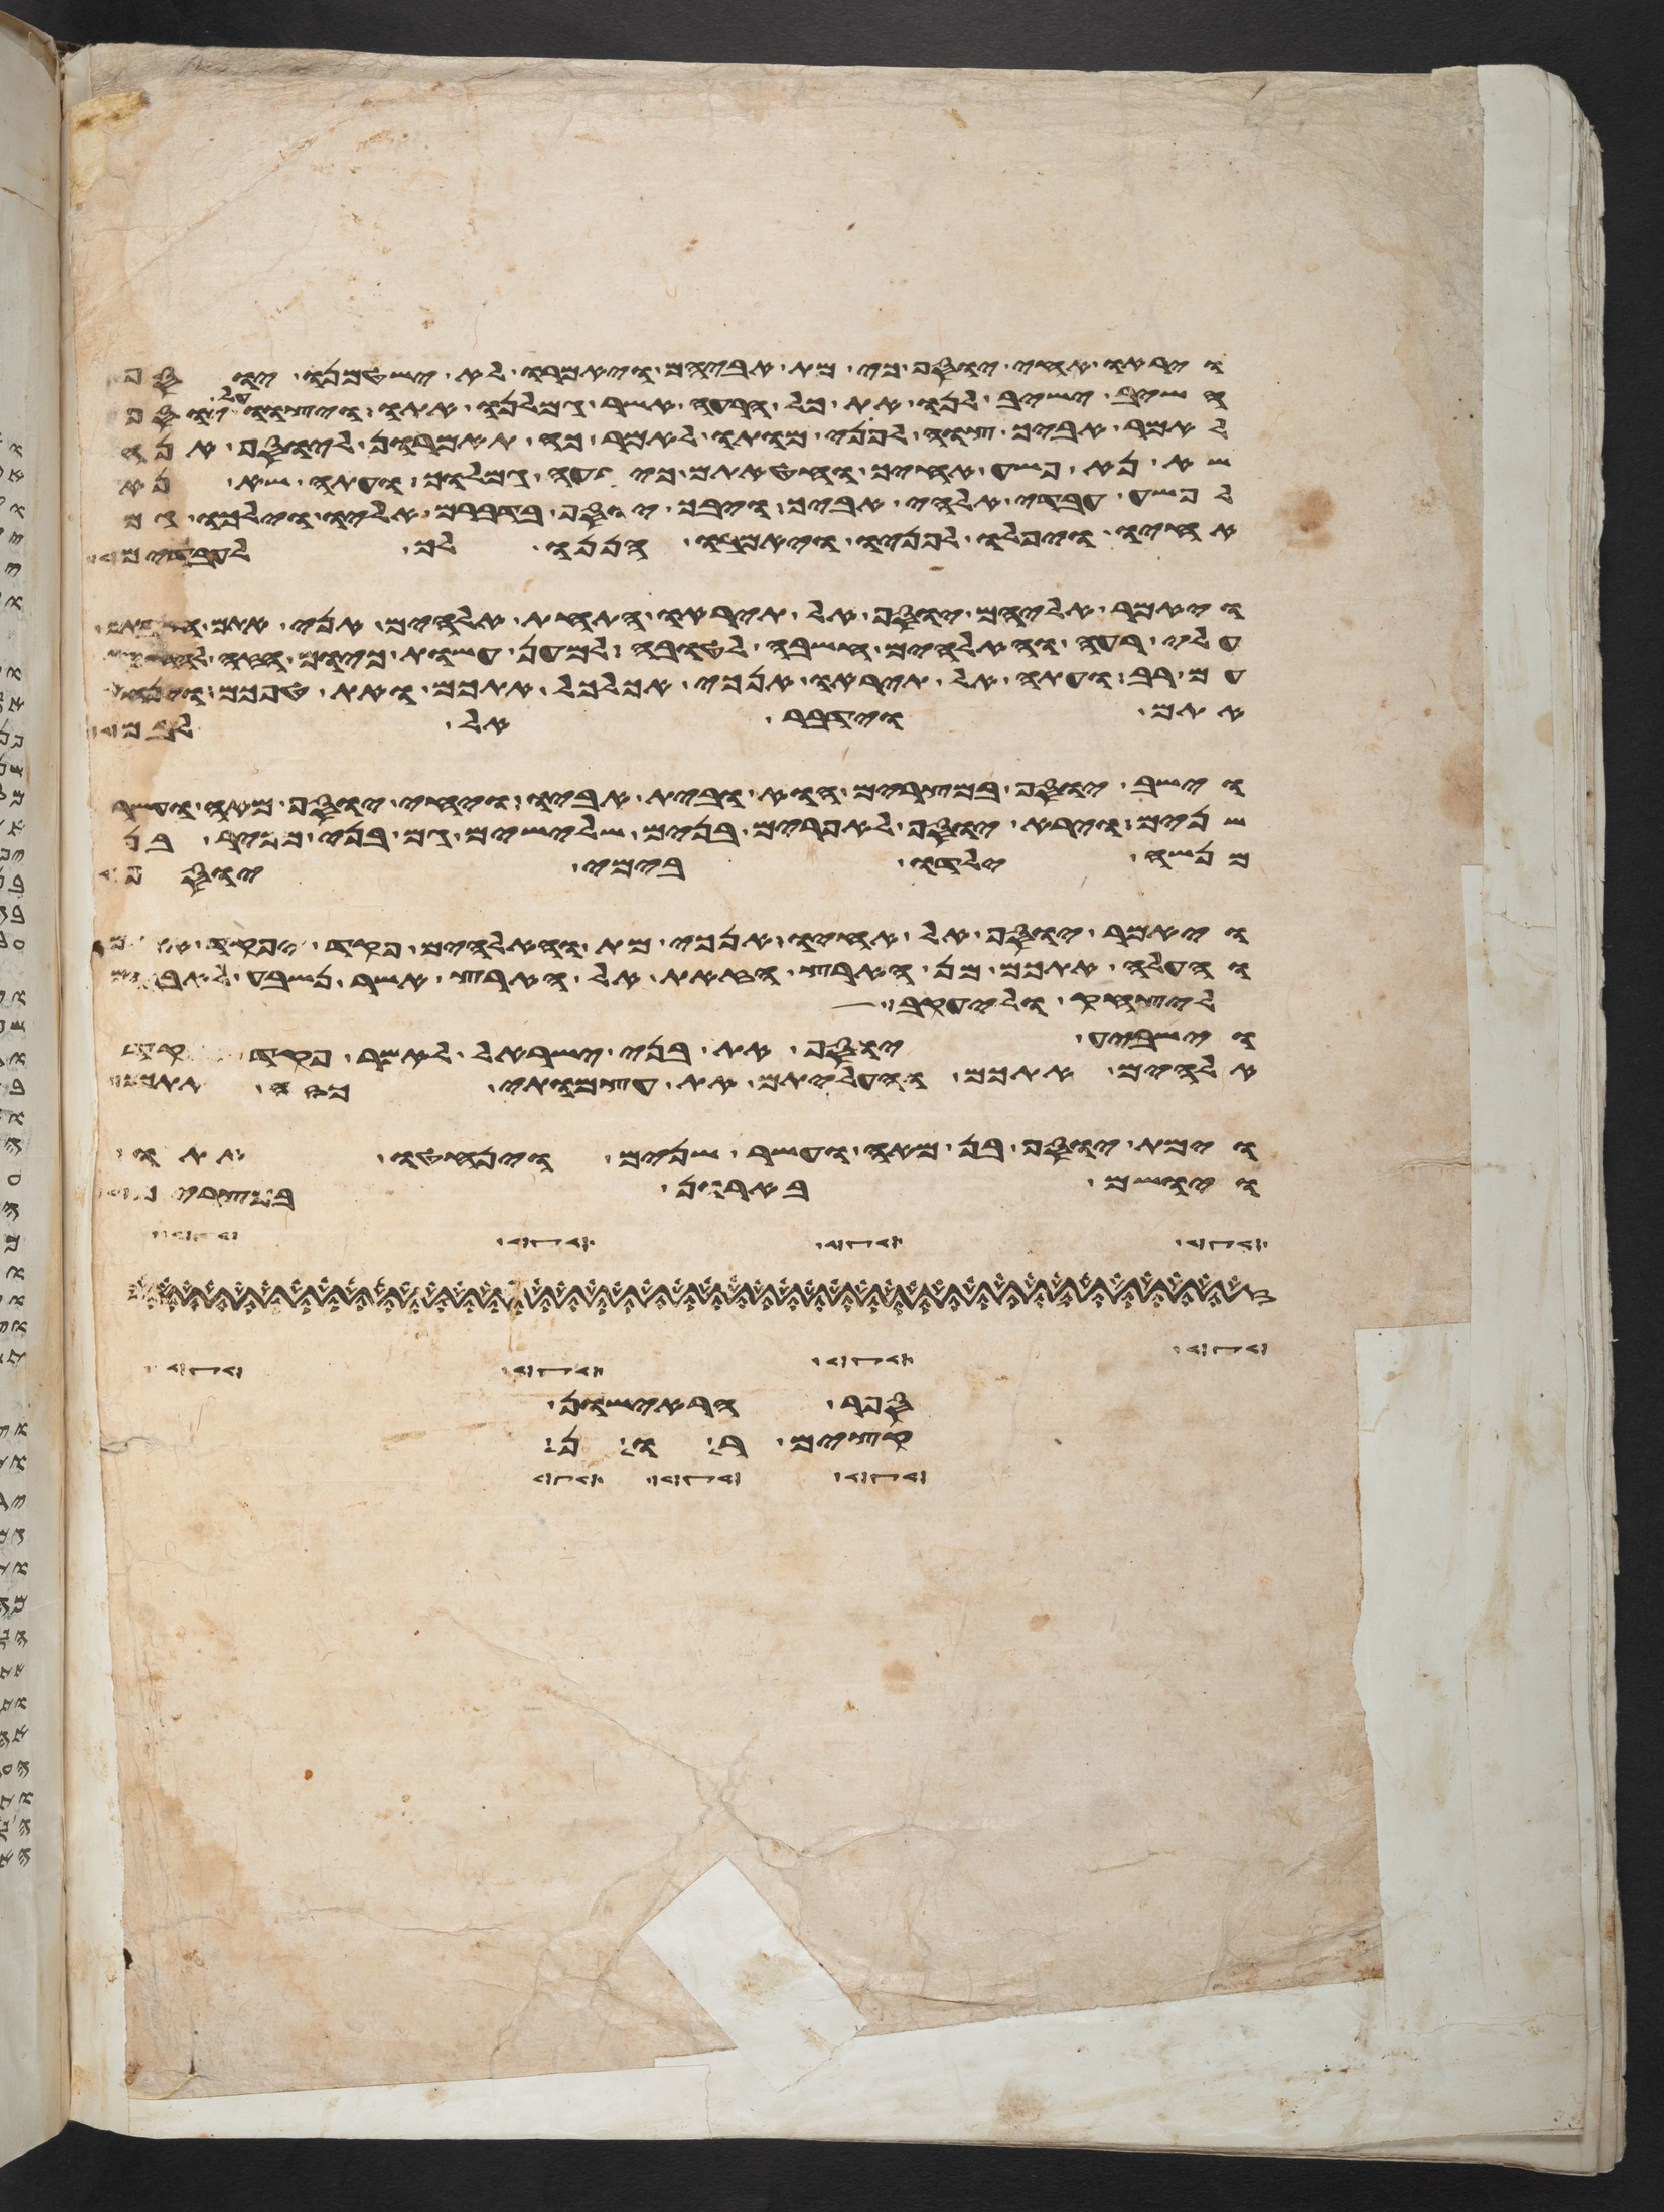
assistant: ויראו אחי יוסף כי מת אביהם ויאמרו לא ישטמנו יוסף
השב ישיב לנו את כל הרעה אשר גמלנו אתו ויצוו על יוסף
לאמר אביך צוה לפני מותו לאמר כה תאמרון ליוסף אנה
שא נא פשע אחיך וחטאתם כי רעה גמלוך ועתה שא נא
לפשע עבדי אלהי אביך ויבך יוסף בדברם אליו וילכו גם
אחיו ויפלו לפניו ויאמרו הננו לך לעבדים
ויאמר אליהם יוסף אל תיראו התחת אלהים אני אתם חשבתם
עלי רעה והאלהים חשבה לטובה למען עשות כיום הזה
עם רב ועתה אל תיראו אנכי אכלכל אתכם ואת טפכם וינחם
אתם וידבר אל לבם
וישב יוסף במצרים הוא ובית אביו ויחי יוסף מאה ועשר
שנים וירא יוסף לאפרים בנים שלישים גם בני מכיר בן
מנשה ילדו בימי יוסף
ויאמר יוסף אל אחיו אנכי מת והאלהים פקד יפקד אתכם
והעלה אתכם מן הארץ הזאת אל הארץ אשר נשבע לאברהם
ליצחק וליעקב
וישביע יוסף את בני ישראל לאמר פקד יפקד
אלהים אתכם והעליתם את עצמתי מזה אתכם
וימת יוסף בן מאה ועשר שנים ויחנטו אתו
ויושם בארן במצרים